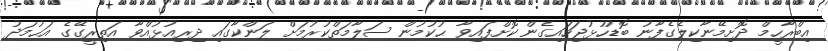
އިބްރާހީމް ދޮށިމޭނާކިލެގެފާނު ބޮޑުހުޅުޖަހައިގެން ކޮށްފައިވާ ޙުކުމުން ސަލާމަތްކުރުމަށް ލަންކާގައި ދިރިއުޅުއްވާ އަތިރީގޭގެ އަޙުމަދު